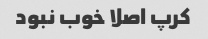
کرپ اصلا خوب نبود